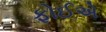
ફોઈએ